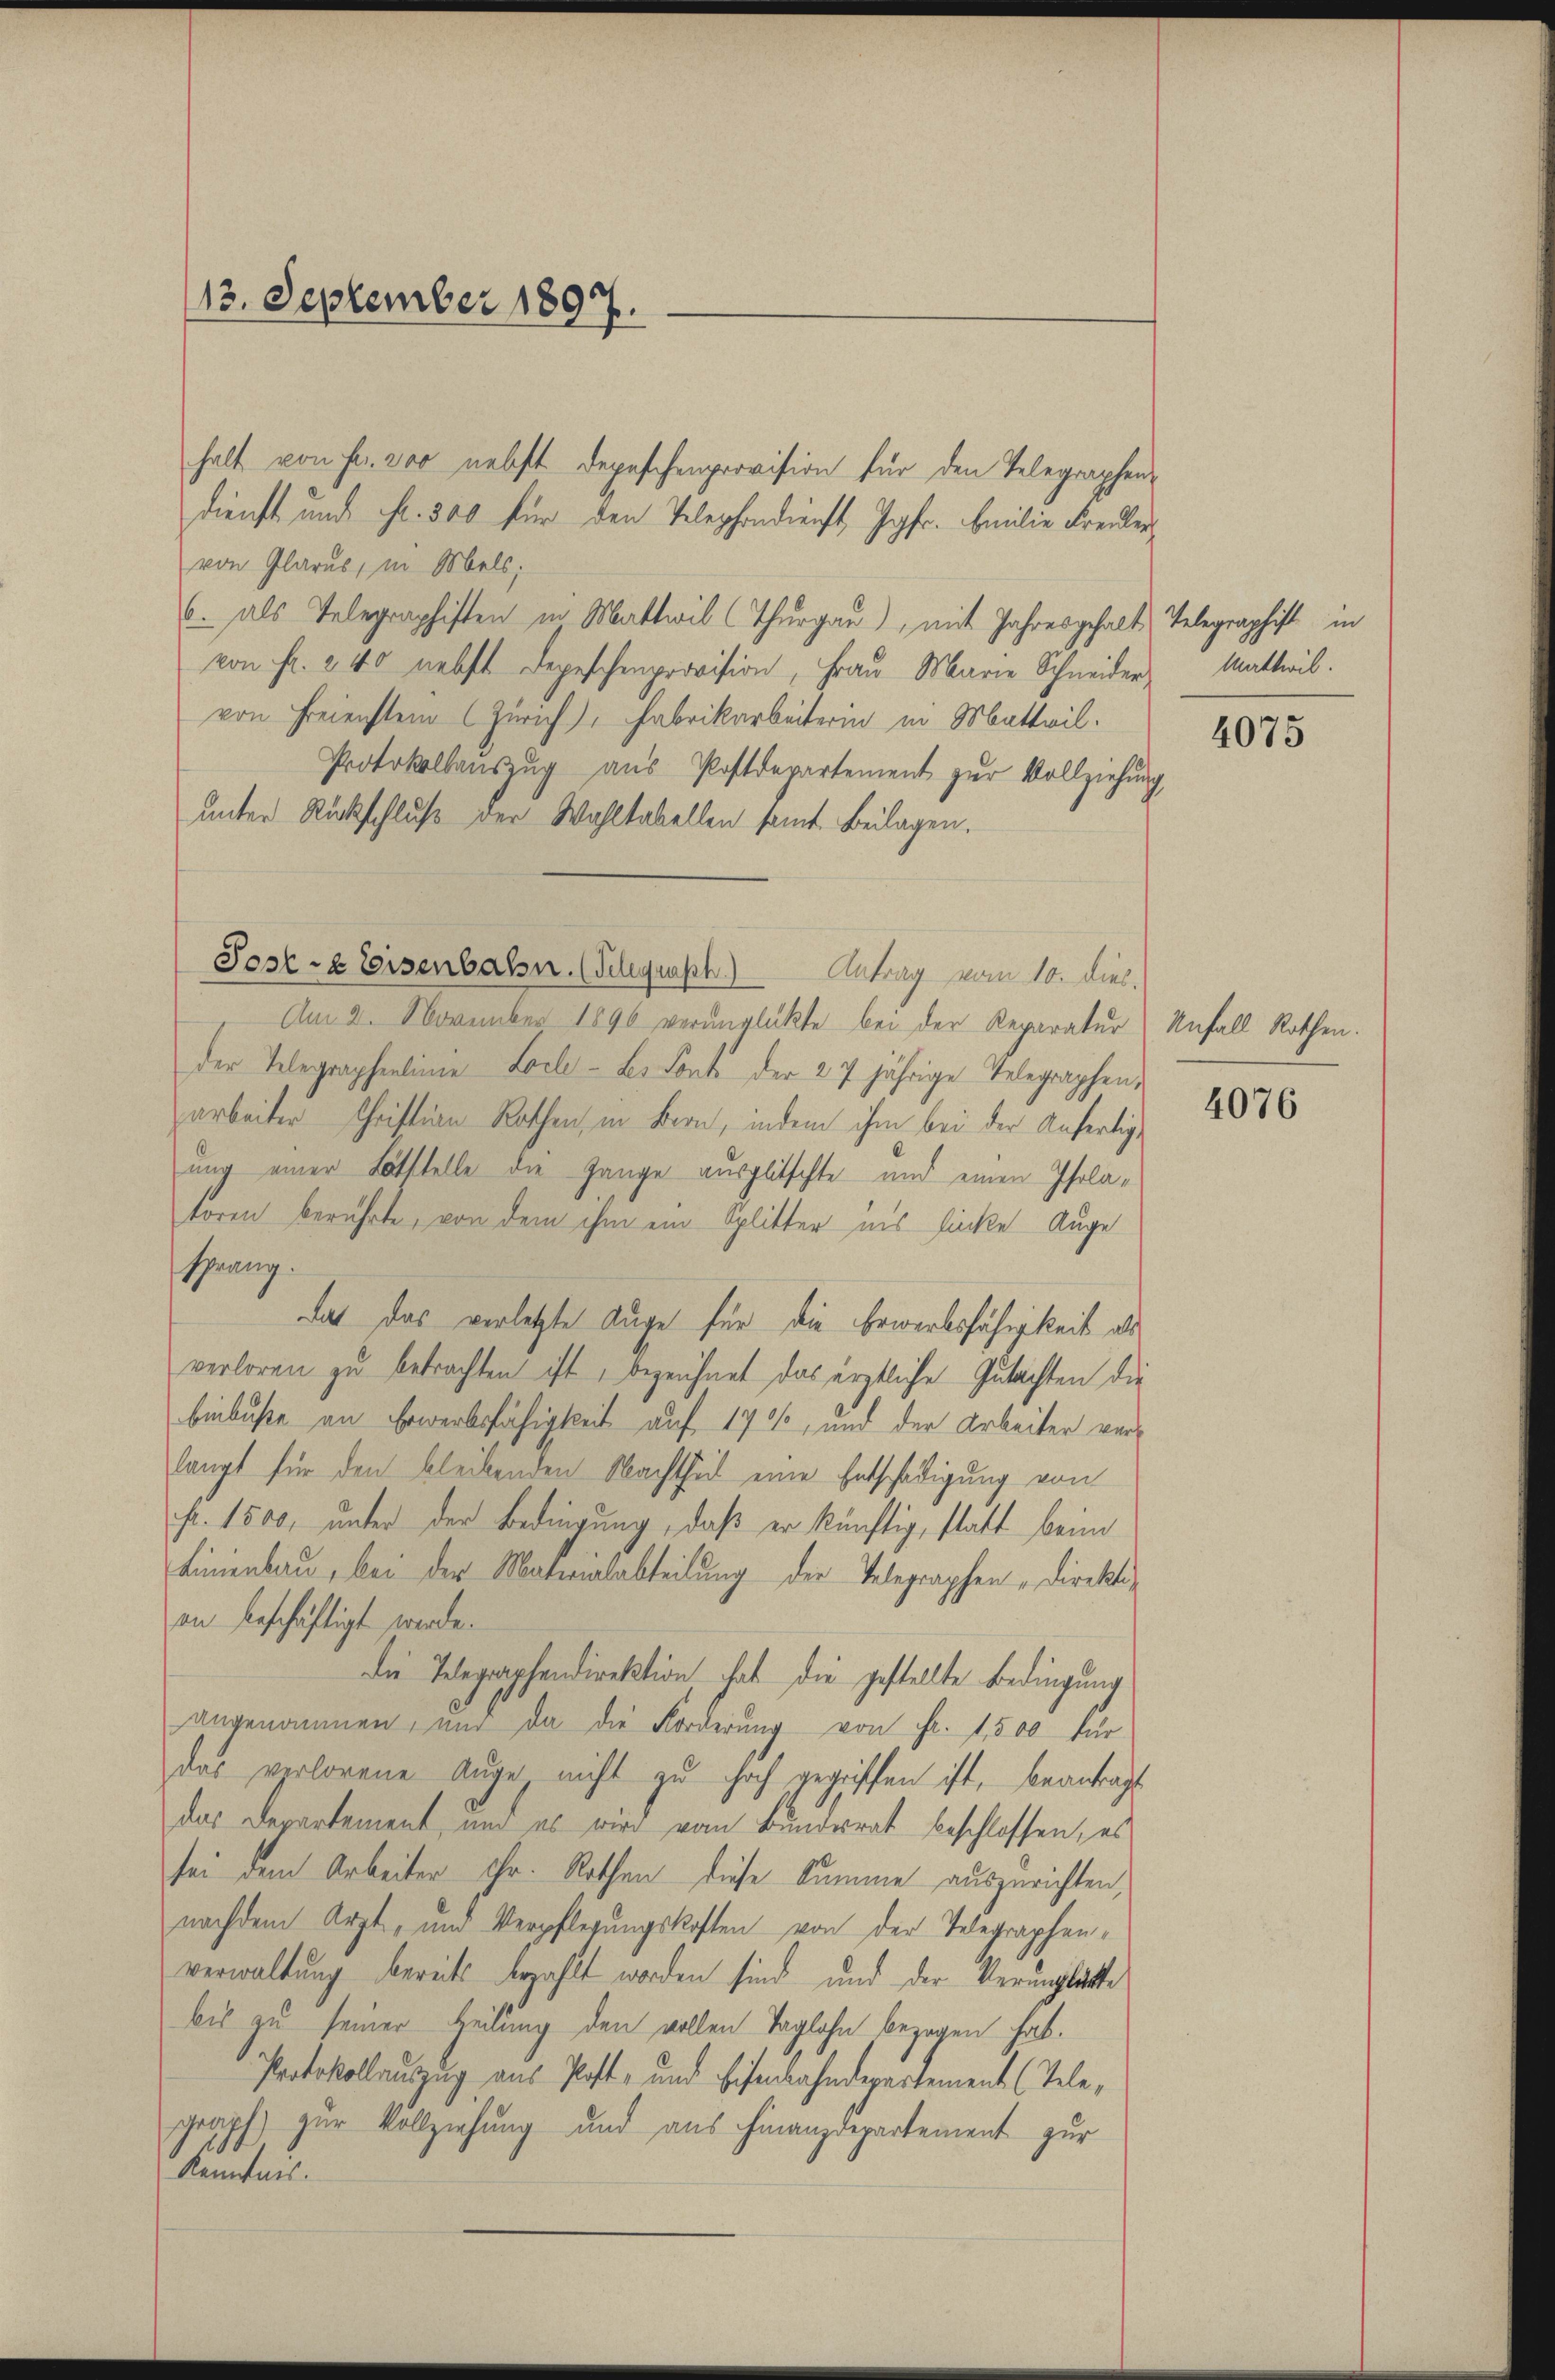
13. September 1897.
.

halt von Fr. 200 nebst Depeschenprovision für den Telegraphen-
Dienst und Fr. 300 für den Telephondienst, Jgfr. Emilie Freuler
von Glarus, in Mels;
6. als Telegraphisten in Mattwil (Thurgau), mit Jahresgehalt Telegraphist in
von fr. 240 nebst Depeschenprovision, Fraŭ Marie Schneider Mattwil
von Freienstein Zürich), Fabrikarbeiterin in Matteil.
Protokollanszŭg aŭs Postdepartement zŭr Vollziehung
unter Rückschluß der Wahltabellen samt Beilagen.
Post- & Eisenbalsn. (Telegraph.) Antrag vom 10. dies.
Am 2. November 1890 verunglükte bei der Reparatur Unfall Rathen.
der Telegraphenlinie Locle - Les Sont der 27 jährige Telegraphen-
arbeiter Christian Rathen, in Bern, indem ihm bei der Anfertigung einer Lötstelle die Gange ausglitschte und einen Isolatoren berührte, von dem ihm ein Splitter ins linke Auge
sprang.
das das verletzte Auge für die Erwerbsfähigkeit als
verloren zu betrachten ist, bezeichnet das ärztliche Gutachten die
binbuße an Erwerbsfähigkeit auf 175, und der Arbeiter verlangt für den bleibenden Nachtheil eine Entschädigung von
pr. 1500, unter der Bedingung, daß er künftig, statt beim
Linienbau, bei der Materialabteilung der Telegraphen Direktian beschäftigt werde.
die Telegraphendirektion hat die gestellte Bedingung
angenommen, nur da die Forderŭng von Fr. 1,500 für
das verlorene Auge nicht zu hoch gegriffen ist, beantragt
das Departement, und es wird vom Bundesrat beschlossen, es
sei dem Arbeiter ihr. Rothen diese Summe auszurichten,
nachdem Arzt, und Verpflegungskosten von der Telegraphen-
verwaltung bereits bezahlt worden sind, und der Verunglätte
bis zu seiner Heilung den vollen Taglohn bezogen hat.
Protokollauszug aus Post- und Eisenbahndepartement (Telegraph zur Vollziehung und aus Finanzdepartement zur
Kenntnis.

4075

4076